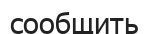
сообщить